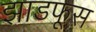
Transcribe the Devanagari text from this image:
झाडफूस